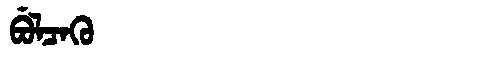
Manchu: ᠪᡠᠯᠴᠠᡴᡠ
Romanization: BULCAKU